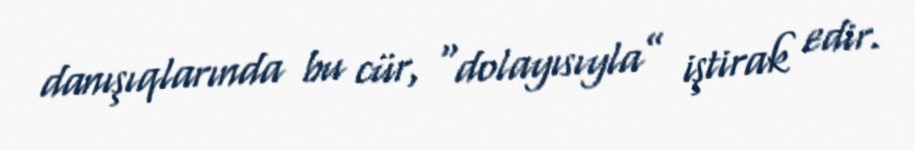
danışıqlarında bu cür, “dolayısıyla” iştirak edir.